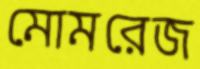
মোমরেজ